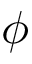
\phi